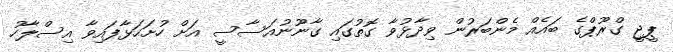
ޕީޖީ ގްރޫޕްގެ ބައެއް މެންބަރުން ވިދާޅުވާ ގޮތުގައި ގާނޫނުއަސާސީ އަށް ހުށަހަޅާފައިވާ އިސްލާހު